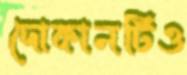
দোকানটিও